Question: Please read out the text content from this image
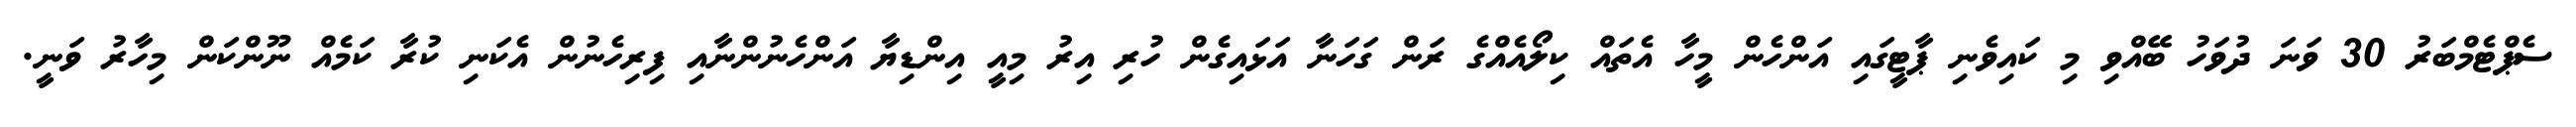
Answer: ސެޕްޓެމްބަރު 30 ވަނަ ދުވަހު ބޭއްވި މި ކައިވެނި ޕާޓީގައި އަންހެން މީހާ އެތައް ކިލޯއެއްގެ ރަން ގަހަނާ އަޅައިގެން ހުރި އިރު މިއީ އިންޑިޔާ އަންހެނުންނާއި ފިރިހެނުން އެކަނި ކުރާ ކަމެއް ނޫންކަން މިހާރު ވަނީ.